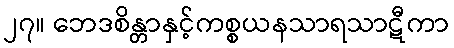
၂၇။ ဘေဒစိန္တာနှင့်ကစ္စယနသာရသာဋီကာ